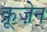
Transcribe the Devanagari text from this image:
क्रूज़ेन